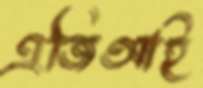
এজিআই